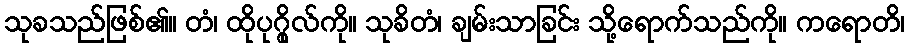
သုခသည်ဖြစ်၏။ တံ၊ ထိုပုဂ္ဂိုလ်ကို။ သုခိတံ၊ ချမ်းသာခြင်း သို့ရောက်သည်ကို။ ကရောတိ၊